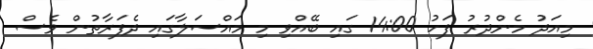
މިއަދު މެންދުރު ފަހު 14:00 ގައި ބޭއްވި މި މައްސަލާގައި ދެފަރާތުން ވެސް